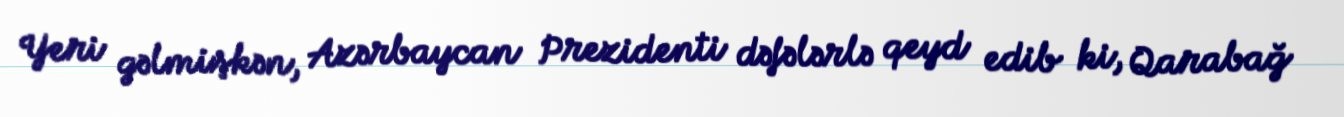
Yeri gəlmişkən, Azərbaycan Prezidenti dəfələrlə qeyd edib ki, Qarabağ